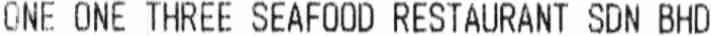
ONE ONE THREE SEAFOOD RESTAURANT SDN BHD